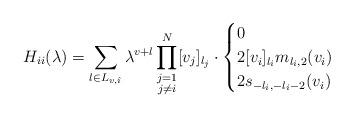
LaTeX: \begin{align*}H_{ii}(\lambda) = \sum_{l\in L_{v,\hat{\imath}}} \lambda^{v+l}\prod_{\substack{j=1\\ j\neq i}}^N [v_j]_{l_j}\cdot \begin{cases} 0 & \\ 2[v_i]_{l_i}m_{l_i,2}(v_i) & \\ 2s_{-l_i,-l_i-2}(v_i) & \end{cases}\end{align*}